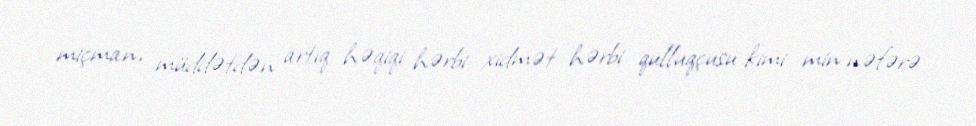
miçman, müddətdən artıq həqiqi hərbi xidmət hərbi qulluqçusu kimi min nəfərə